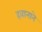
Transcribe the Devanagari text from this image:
हवानाने